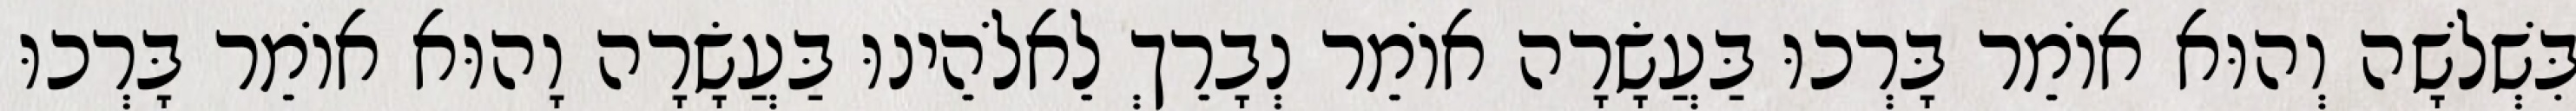
בִּשְׁלשָׁה וְהוּא אוֹמֵר בָּרְכוּ בַּעֲשָׂרָה אוֹמֵר נְבָרֵךְ לֵאלֹהֵינוּ בַּעֲשָׂרָה וָהוּא אוֹמֵר בָּרְכוּ